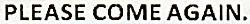
PLEASE COME AGAIN.